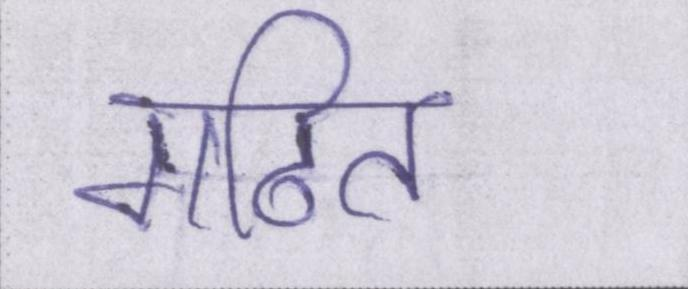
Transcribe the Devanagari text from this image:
गठित